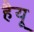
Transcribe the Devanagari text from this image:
हैयू